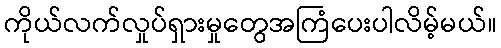
ကိုယ်လက်လှုပ်ရှားမှုတွေအကြံပေးပါလိမ့်မယ်။